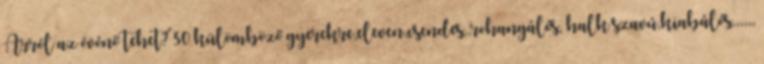
Arról az óvónő tehet? 30 külömböző gyerekre,eleven,csendes,,rohangálós, halk szavú,kiabálós,,,,,,